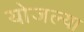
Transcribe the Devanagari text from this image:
योजल्या